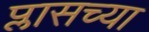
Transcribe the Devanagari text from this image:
प्लासच्या